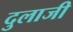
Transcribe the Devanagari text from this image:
दुलाजी